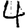
Digit: 4